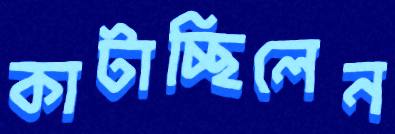
কাটাচ্ছিলেন